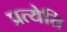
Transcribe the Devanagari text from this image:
प्रत्येति